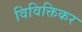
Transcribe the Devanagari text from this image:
विविक्तिकर